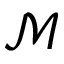
\mathcal { M }